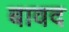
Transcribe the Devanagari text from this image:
बावद